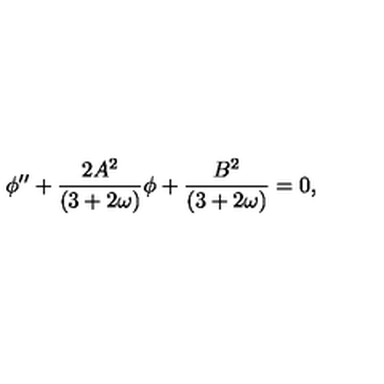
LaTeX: \phi ^ { \prime \prime } + \frac { 2 A ^ { 2 } } { ( 3 + 2 \omega ) } \phi + \frac { B ^ { 2 } } { ( 3 + 2 \omega ) } = 0 ,